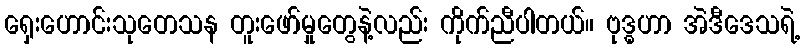
ရှေးဟောင်းသုတေသန တူးဖော်မှုတွေနဲ့လည်း ကိုက်ညီပါတယ်။ ဗုဒ္ဓဟာ အဲဒီဒေသရဲ့